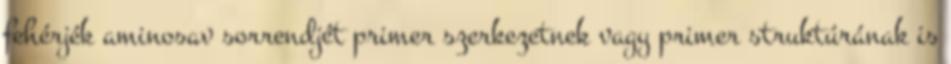
fehérjék aminosav sorrendjét primer szerkezetnek vagy primer struktúrának is